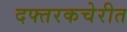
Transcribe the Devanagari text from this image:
दफ्तरकचेरीत